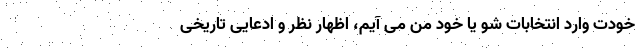
خودت وارد انتخابات شو یا خود من می آیم، اظهار نظر و ادعایی تاریخی